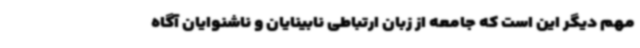
مهم دیگر این است که جامعه از زبان ارتباطی نابینایان و ناشنوایان آگاه